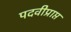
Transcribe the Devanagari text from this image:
पदवीप्राप्त